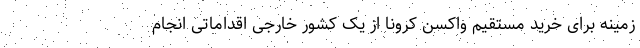
زمینه برای خرید مستقیم واکسن کرونا از یک کشور خارجی اقداماتی انجام